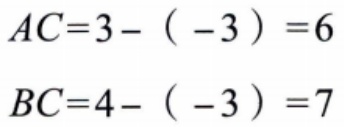
\[
\begin{align*}
AC&=3 - (-3)=6\\
BC&=4 - (-3)=7
\end{align*}
\]